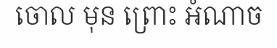
ចោល មុន ព្រោះ អំណាច